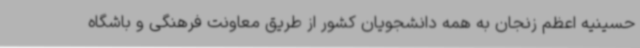
حسینیه اعظم زنجان به همه دانشجویان کشور از طریق معاونت فرهنگی و باشگاه